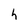
Character: h